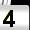
Digit: 4